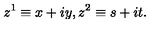
z ^ { 1 } \equiv x + i y , z ^ { 2 } \equiv s + i t .